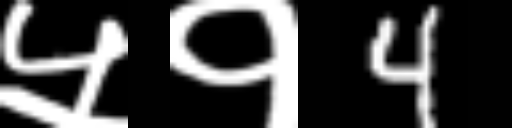
Text: ५१4